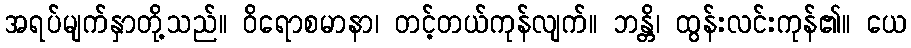
အရပ်မျက်နှာတို့သည်။ ဝိရောစမာနာ၊ တင့်တယ်ကုန်လျက်။ ဘန္တိ၊ ထွန်းလင်းကုန်၏။ ယေ